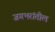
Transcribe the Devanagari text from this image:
जगभरांतील